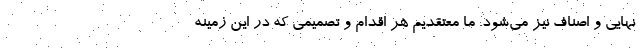
نهایی و اصناف نیز می‌شود. ما معتقدیم هر اقدام و تصمیمی که در این زمینه